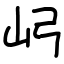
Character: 𫝳